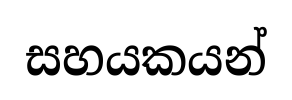
සහයකයන්